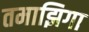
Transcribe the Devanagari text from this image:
तमाझिगा